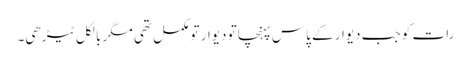
رات کو جب دیوار کے پاس پہنچا تو دیوار تو مکمل تھی مگر بالکل ٹیڑھی۔